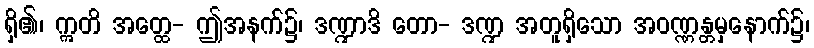
ရှိ၏၊ ဣတိ အတ္ထေ- ဤအနက်၌၊ ဒဏ္ဍာဒိ တော- ဒဏ္ဍ အတူရှိသော အဝဏ္ဏန္တမှနောက်၌၊